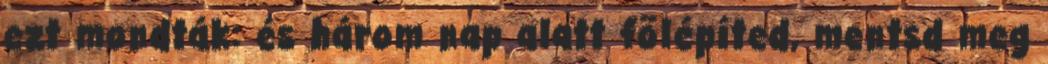
ezt mondták: és három nap alatt fölépíted, mentsd meg